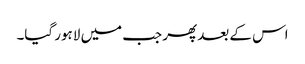
اس کے بعد پھر جب میں لاہور گیا۔